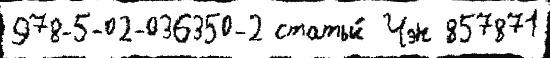
978-5-02-036350-2 статьи́ Чэн 857871